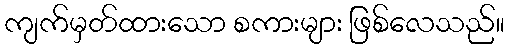
ကျက်မှတ်ထားသော စကားများ ဖြစ်လေသည်။